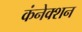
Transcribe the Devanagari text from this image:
कंनेक्शन